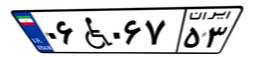
۰۶W۰۶۷۵۳